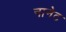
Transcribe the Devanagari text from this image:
नानेट